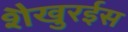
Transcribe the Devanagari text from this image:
शैखुरईस